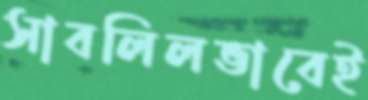
সাবলিলভাবেই